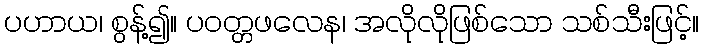
ပဟာယ၊ စွန့်၍။ ပဝတ္တဖလေန၊ အလိုလိုဖြစ်သော သစ်သီးဖြင့်။